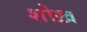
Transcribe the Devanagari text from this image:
शोख़